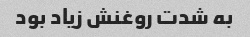
به شدت روغنش زیاد بود